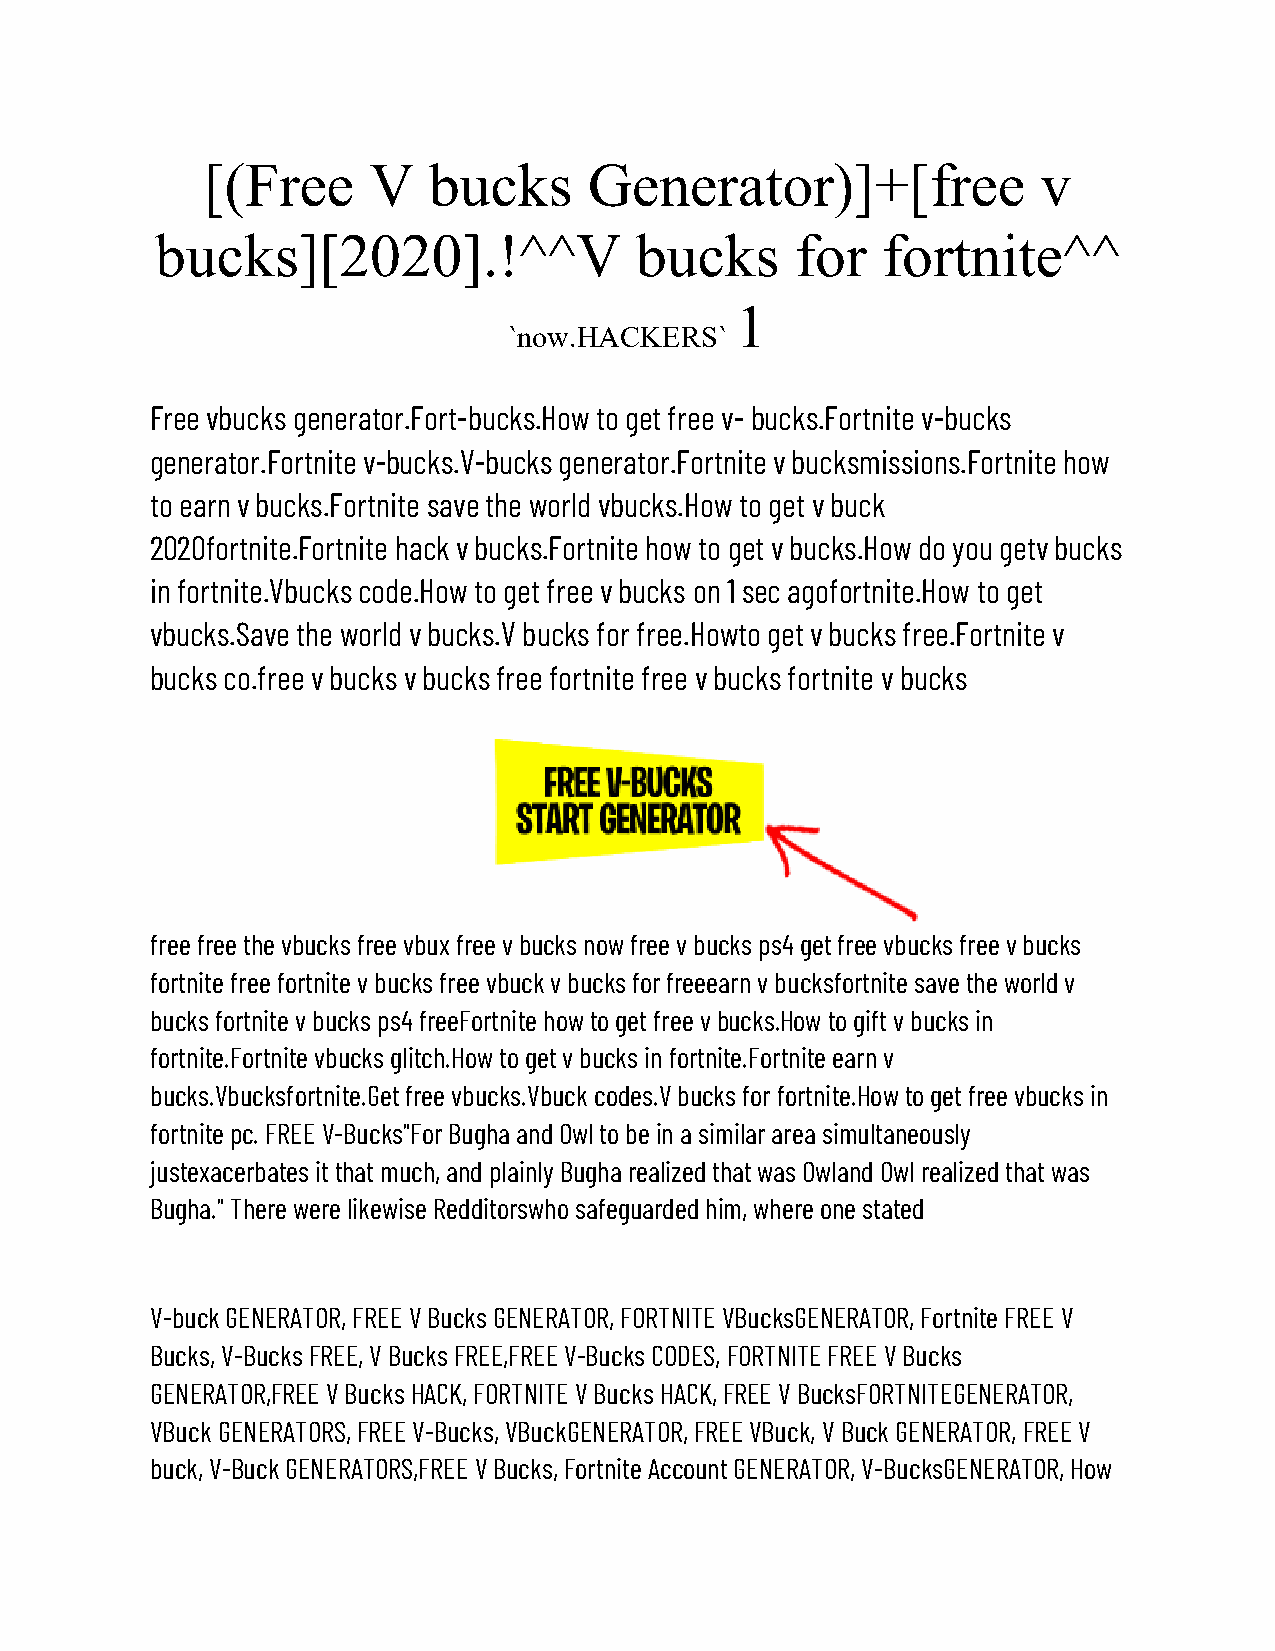
[(Free     V   bucks      Generator)]+[free             v
 bucks][2020].!^^V               bucks      for  fortnite^^
 1
 `now.HACKERS`
 Free vbucks generator.Fort-bucks.How to get free v- bucks.Fortnite v-bucks
 generator.Fortnite v-bucks.V-bucks generator.Fortnite v bucksmissions.Fortnite how
 to earn v bucks.Fortnite save the world vbucks.How to get v buck
 2020fortnite.Fortnite hack v bucks.Fortnite how to get v bucks.How do you getv bucks
 in fortnite.Vbucks code.How to get free v bucks on 1 sec agofortnite.How to get
 vbucks.Save the world v bucks.V bucks for free.Howto get v bucks free.Fortnite v
 bucks co.free v bucks v bucks free fortnite free v bucks fortnite v bucks
 free free the vbucks free vbux free v bucks now free v bucks ps4 get free vbucks free v bucks
 fortnite free fortnite v bucks free vbuck v bucks for freeearn v bucksfortnite save the world v
 bucks fortnite v bucks ps4 freeFortnite how to get free v bucks.How to gift v bucks in
 fortnite.Fortnite vbucks glitch.How to get v bucks in fortnite.Fortnite earn v
 bucks.Vbucksfortnite.Get free vbucks.Vbuck codes.V bucks for fortnite.How to get free vbucks in
 fortnite pc. FREE V-Bucks"For Bugha and Owl to be in a similar area simultaneously
 justexacerbates it that much, and plainly Bugha realized that was Owland Owl realized that was
 Bugha." There were likewise Redditorswho safeguarded him, where one stated
 V-buck GENERATOR, FREE V Bucks GENERATOR, FORTNITE VBucksGENERATOR, Fortnite FREE V
 Bucks, V-Bucks FREE, V Bucks FREE,FREE V-Bucks CODES, FORTNITE FREE V Bucks
 GENERATOR,FREE V Bucks HACK, FORTNITE V Bucks HACK, FREE V BucksFORTNITEGENERATOR,
 VBuck GENERATORS, FREE V-Bucks, VBuckGENERATOR, FREE VBuck, V Buck GENERATOR, FREE V
 buck, V-Buck GENERATORS,FREE V Bucks, Fortnite Account GENERATOR, V-BucksGENERATOR, How